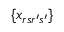
\{ x _ { r s r ^ { \prime } s ^ { \prime } } \}